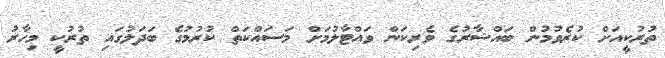
ތުރުކީއަށް ކުރެވުމުން ބައްޝާރުގެ ވެރިކަން ވައްޓާލުމަށް މަސައްކަތް ކުރުމުގެ ބަދަލުގައި ތުރުކީ މިހާރު